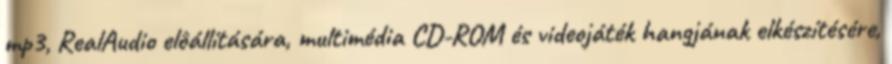
mp3, RealAudio elôállítására, multimédia CD-ROM és videojáték hangjának elkészítésére,